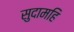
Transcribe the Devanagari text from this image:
सुदामहि